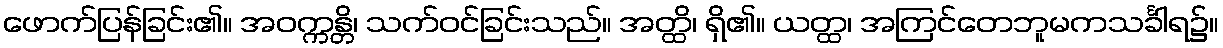
ဖောက်ပြန်ခြင်း၏။ အဝက္ကန္တိ၊ သက်ဝင်ခြင်းသည်။ အတ္ထိ၊ ရှိ၏။ ယတ္ထ၊ အကြင်တေဘူမကသင်္ခါရ၌။